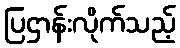
ပြဌာန်းလိုက်သည့်